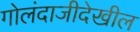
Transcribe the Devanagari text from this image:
गोलंदाजीदेखील